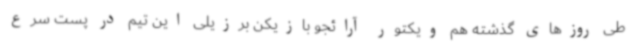
طی روزهای گذشته هم ویکتور آرائجو بازیکن برزیلی این تیم در پست سرع